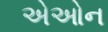
એઓન